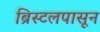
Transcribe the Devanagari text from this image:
ब्रिस्टलपासून